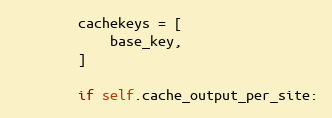
Language: Python
        cachekeys = [
            base_key,
        ]

        if self.cache_output_per_site: